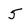
Character: 5